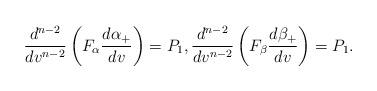
LaTeX: \begin{align*} \frac{d^{n-2}}{dv^{n-2}}\left(F_\alpha\frac{d\alpha_+}{dv}\right)=P_1,\frac{d^{n-2}}{dv^{n-2}}\left(F_\beta\frac{d\beta_+}{dv}\right)=P_1.\end{align*}